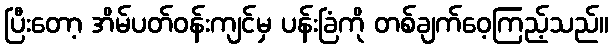
ပြီးတော့ အိမ်ပတ်ဝန်းကျင်မှ ပန်းခြံကို တစ်ချက်ဝေ့ကြည့်သည်။